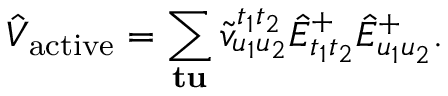
\hat { V } _ { \mathrm { a c t i v e } } = \sum _ { \mathbf { t } \mathbf { u } } \tilde { v } _ { u _ { 1 } u _ { 2 } } ^ { t _ { 1 } t _ { 2 } } \hat { E } _ { t _ { 1 } t _ { 2 } } ^ { + } \hat { E } _ { u _ { 1 } u _ { 2 } } ^ { + } .